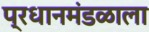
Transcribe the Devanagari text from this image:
प्रधानमंडळाला